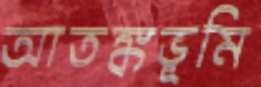
আতঙ্কভূমি